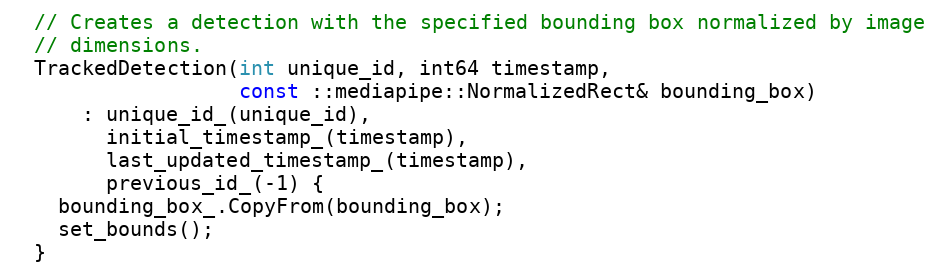
Language: C
  // Creates a detection with the specified bounding box normalized by image
  // dimensions.
  TrackedDetection(int unique_id, int64 timestamp,
                   const ::mediapipe::NormalizedRect& bounding_box)
      : unique_id_(unique_id),
        initial_timestamp_(timestamp),
        last_updated_timestamp_(timestamp),
        previous_id_(-1) {
    bounding_box_.CopyFrom(bounding_box);
    set_bounds();
  }